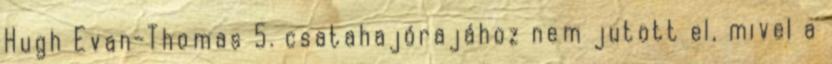
Hugh Evan-Thomas 5. csatahajórajához nem jutott el, mivel a